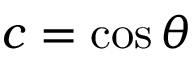
c = \cos \theta